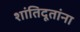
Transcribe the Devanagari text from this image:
शांतिदूतांना